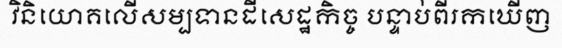
វិនិយោគលើសម្បទានដីសេដ្ឋកិច្ច បន្ទាប់ពីរកឃើញ